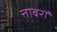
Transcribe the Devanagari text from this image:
त्ताबरों